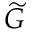
\widetilde { G }